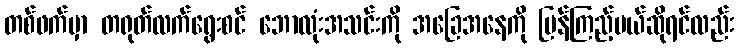
တစ်ဖက်မှာ တရုတ်လက်ရွေးစင် ဘောလုံးအသင်းကို အခြေအနေကို ပြန်ကြည့်မယ်ဆိုရင်လည်း